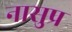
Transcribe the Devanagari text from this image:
नासुप्र